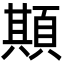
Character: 䫏